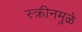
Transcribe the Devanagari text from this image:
स्क्रीनमुळे